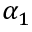
\alpha _ { 1 }